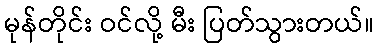
မုန်တိုင်း ဝင်လို့ မီး ပြတ်သွားတယ်။